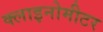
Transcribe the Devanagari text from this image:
क्लाइनोमीटर